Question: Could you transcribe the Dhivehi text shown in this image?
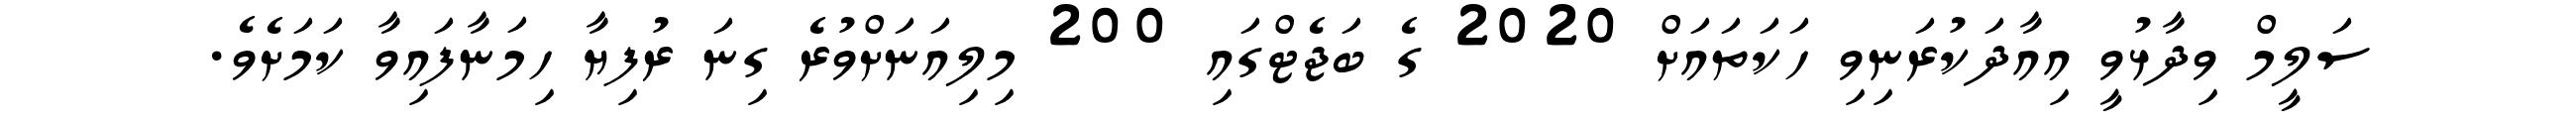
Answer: ސަލީމް ވިދާޅުވީ އިއާދަކުރަނިވި ހަކަތައަށް 2020 ގެ ބަޖެޓްގައި 200 މިލިއަނަށްވުރެ ގިނަ ރުފިޔާ ހިމަނާފައިވާ ކަމަށެވެ.